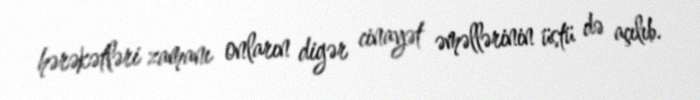
hərəkətləri zamanı onların digər cinayət əməllərinin üstü də açılıb.